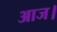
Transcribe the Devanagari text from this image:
आज।